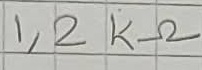
Text: 1,2KΩ